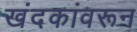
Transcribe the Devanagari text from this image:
खंदकांवरून